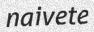
naivete